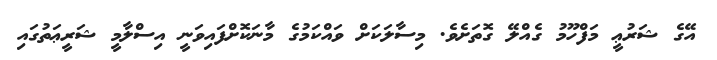
އޭގެ ޝަރުޢީ މަފްހޫމު ގެއްލޭ ގޮތަށެވެ. މިސާލަކަށް ވައްކަމުގެ މާނަކޮށްފައިވަނީ އިސްލާމީ ޝަރީޢަތުގައި